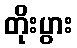
တိုးပွား